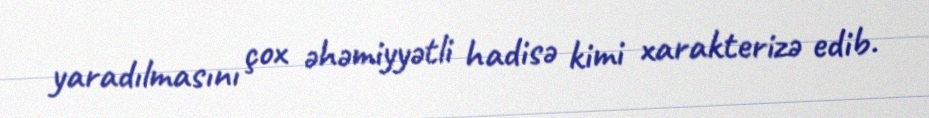
yaradılmasını çox əhəmiyyətli hadisə kimi xarakterizə edib.